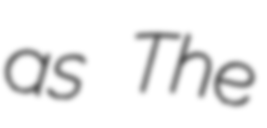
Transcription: as The